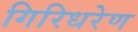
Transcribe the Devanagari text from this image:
गिरिधरेण